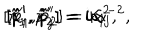
[ \hat { x } _ { 1 } ^ { \prime } , \hat { x } _ { 2 } ^ { \prime } ] = i \alpha ^ { 2 } , \hspace { 0 . 4 c m } [ \hat { p } _ { 1 } ^ { \prime } , \hat { p } _ { 2 } ^ { \prime } ] = i \alpha ^ { - 2 } , \hspace { 0 . 4 c m } [ \hat { x } _ { i } ^ { \prime } , \hat { p } _ { j } ^ { \prime } ] = i \delta _ { i j }